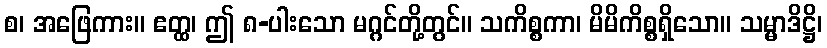
စ၊ အဖြေကား။ ဧတ္ထ၊ ဤ ၈-ပါးသော မဂ္ဂင်တို့တွင်။ သကိစ္စကာ၊ မိမိကိစ္စရှိသော။ သမ္မာဒိဋ္ဌိ၊